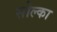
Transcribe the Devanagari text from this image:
सोल्का